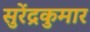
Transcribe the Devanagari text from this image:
सुरेंद्रकुमार